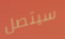
سيتصل